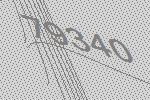
79340